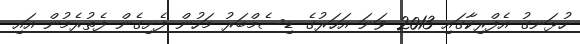
ހުޅަނގު އެފްރިކާގައި 2013 ވަނަ އަހަރުގެ ޑިސެމްބަރު މަހުން ފެށިގެން ފެތުރެމުން އައި